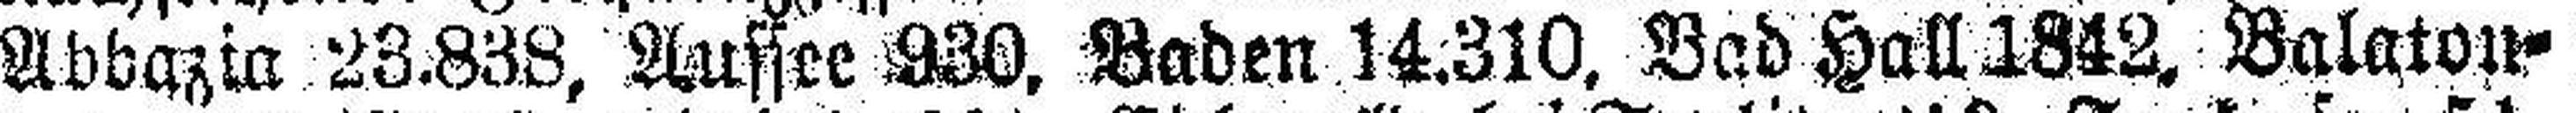
Abbazia 23.838, Aussee 930, Baden 14.310, Bad Hall 1842, Balaton¬